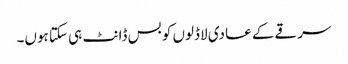
سرقے کے عادی لاڈلوں کو بس ڈانٹ ہی سکتا ہوں۔